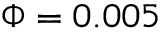
\Phi = 0 . 0 0 5